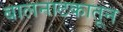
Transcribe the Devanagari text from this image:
बालनाटकातून